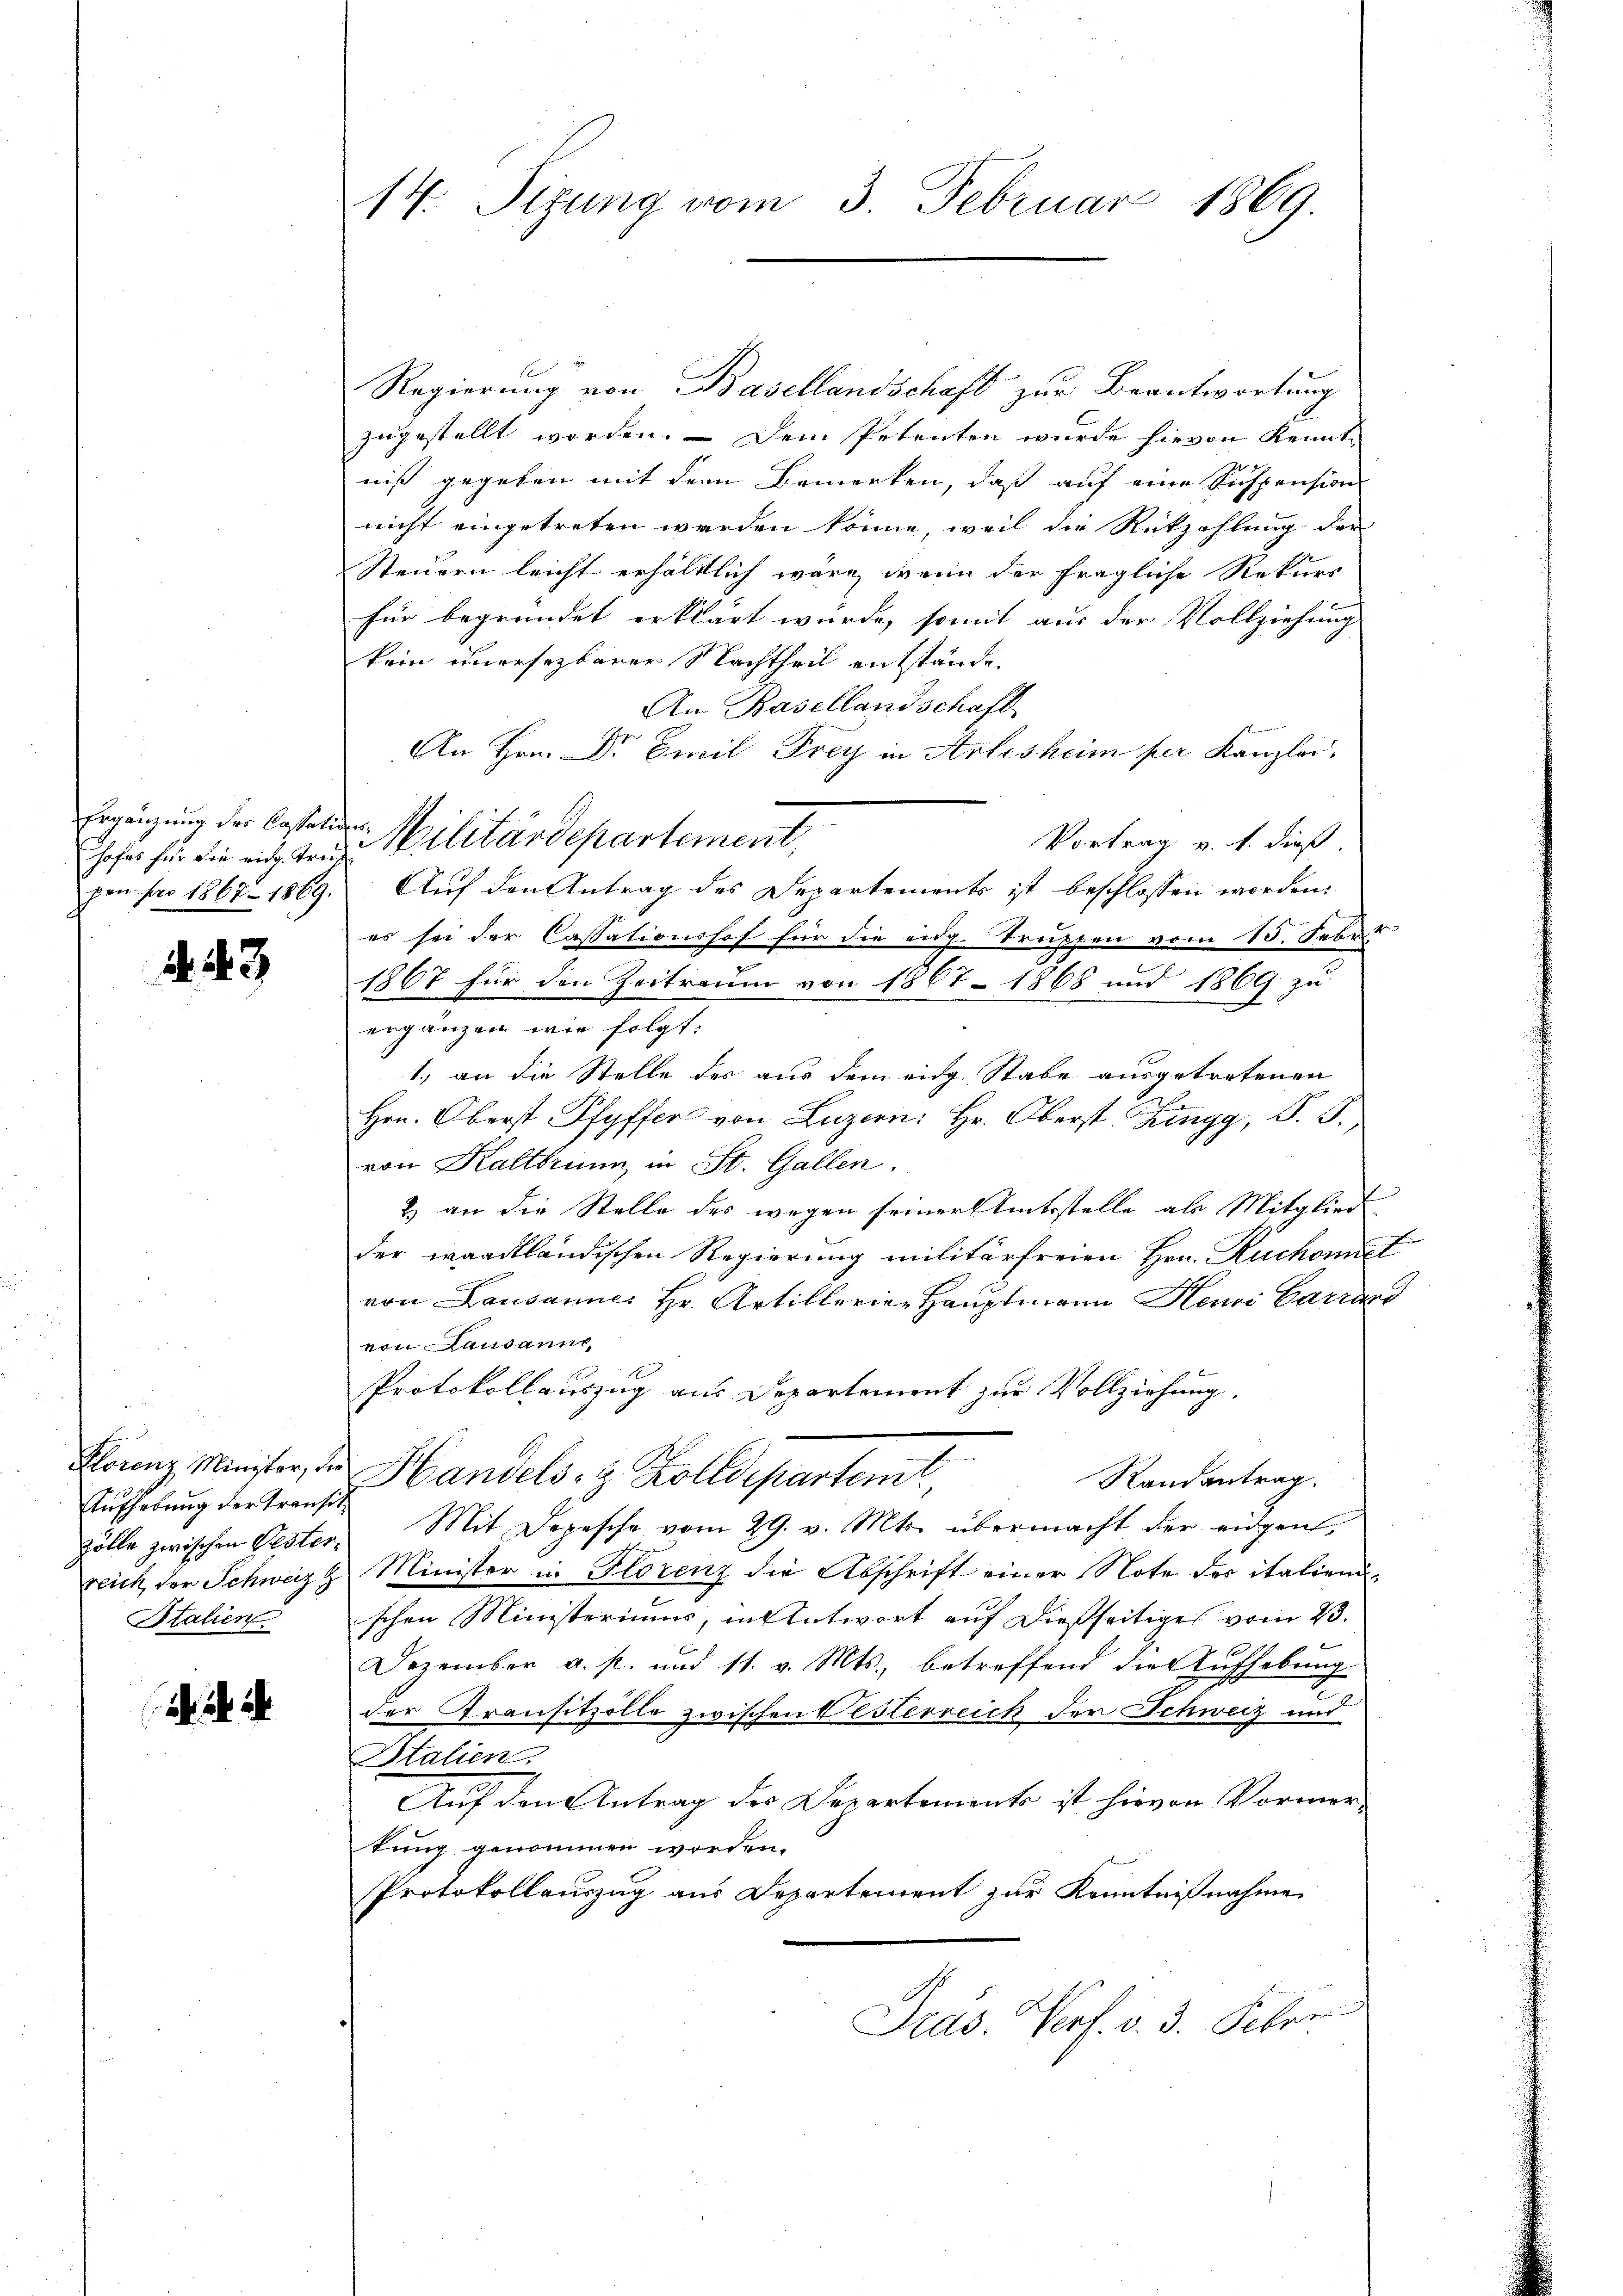
Ergänzung der Cassatio
hofes für die eidg. Trupon pro 1867 - 1869.

. 43

Aufhebung der Transit
reich der Schweiz
Italien

ih ih

14. Sizung vom 3. Februar 1869.

Regierung von Basellandschaft zur Beantwortung
zugestellt worden. — Dem Petenten wurde hievon Kennt-
niß gegeben mit dem Bemerken, daß auf eine Suspension
nicht eingetreten werden könne, weil die Rükzahlung der
Steuern leicht erhältlich wäre, wenn der fragliche Rekurs
für begründet erklärt wurde, somit aus der Vollziehung
kein unersezbarer Nachtheil entstände.
An Basellandschaft
An Hrn. Dr Emil Frey in Arlesheim per Kanzlei.
 Militärdepartement,
Vortrag v. h. dieß.
Auf den Antrag des Departements ist beschlossen worden.
es sei der Cassationshof für die eidg. Truppen vom 15. Febr
1867 für den Zeitraum von 1867 - 1868 und 1869 zu
ergänzen wie folgt.
1.) an die Stelle des aus dem eidg. Stabe ausgetretenen
Hrn. Oberst Pfyffers von Luzern: Hr. Oberst. Ringg, S. F.
von Kaltbrunn, in St. Gallen.
2) an die Stelle des wegen seiner Amtsstelle als Mitglied
der waadtländischen Regierung militärfreien Hrn. Ruchonnet
von Lausannes Hr. Artillerie-Hauptmann Heuri Carrand
von Lausanne
Protokollauszug aus Departement zur Vollziehung,
Florenz Minister, die Handels- & Zolldepartem,
Randantrag.
Zölle zwischen Pester. Mit Depesche vom 29. v. Mts. übermacht der eidgen,
Minister in Florenz die Abschrift einer Note der italien-
schen Ministeriums, in Antwort auf dießseitiges vom 23.
Dezember a. p. und 11. v. Mts., betreffend die Aufhebung
der Transitzolle zwischen Pesterreich der Schweiz und
Italien.
Auf den Antrag des Departements ist hievon Vormertung genommen worden.
Protokollauszug aus Departement zur Kenntnißnahme
Präs. Verf. v. 3. Feber